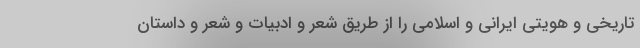
تاریخی و هویتی ایرانی و اسلامی را از طریق شعر و ادبیات و شعر و داستان